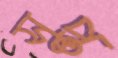
সুপ্ত